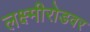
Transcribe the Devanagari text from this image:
लक्ष्मीरोडवर